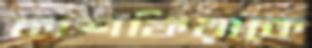
কাশফিয়াকে